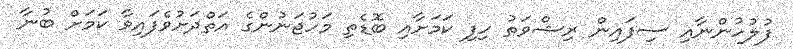
ފުލުހުންނާއި ސިފައިން ރިޝްވަތު ހިފި ކަމަށާއި ބޮޑެތި މަހުޖަނުންގެ އަތްދަށުވެފައިވާ ކަމަށް ބުނާ